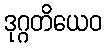
ဒုဂ္ဂတိယေဝ